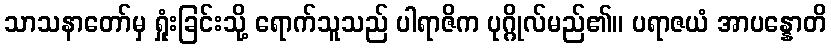
သာသနာတော်မှ ရှုံးခြင်းသို့ ရောက်သူသည် ပါရာဇိက ပုဂ္ဂိုလ်မည်၏။ ပရာဇယံ အာပန္နောတိ